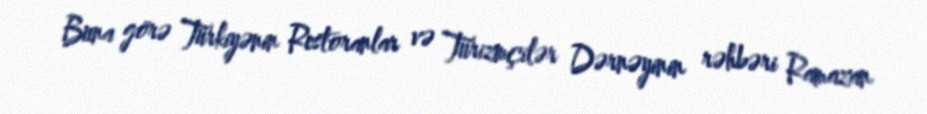
Buna görə Türkiyənin Restoranlar və Turizmçilər Dərnəyinin rəhbəri Ramazan